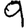
Digit: 9